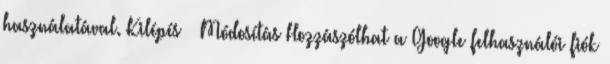
használatával. Kilépés Módosítás Hozzászólhat a Google felhasználói fiók